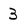
Character: 3